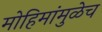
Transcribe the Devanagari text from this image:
मोहिमांमुळेच